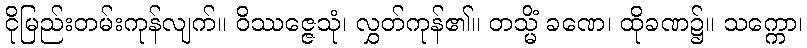
ငိုမြည်းတမ်းကုန်လျက်။ ဝိဿဇ္ဇေသုံ၊ လွှတ်ကုန်၏။ တသ္မိံ ခဏေ၊ ထိုခဏ၌။ သက္ကော၊